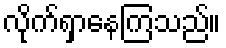
လိုက်ရှာနေကြသည်။